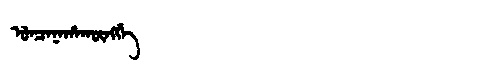
Manchu: ᡠᠨᠴᠠᠨᠠᡥᠠᡴᡡᠩᡤᡝ
Romanization: UNCANAHAKŪNGGE